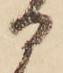
る